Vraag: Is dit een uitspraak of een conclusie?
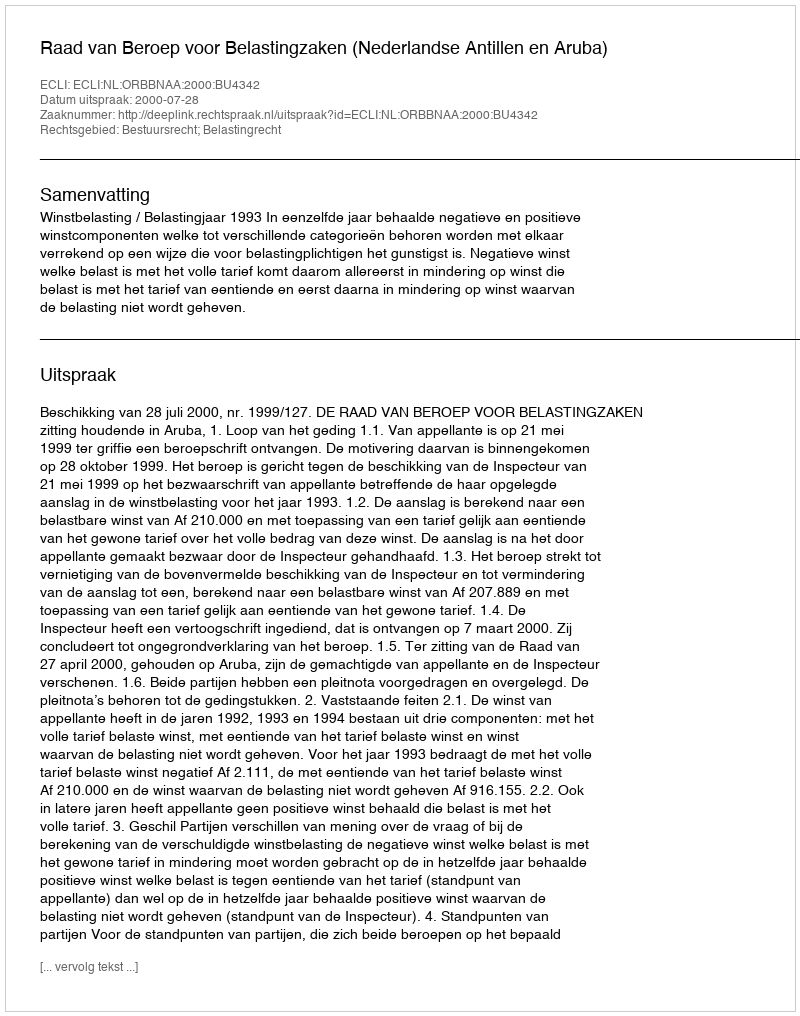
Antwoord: Uitspraak